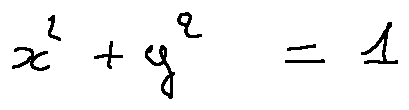
x ^ { 2 } + y ^ { 2 } = 1